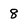
Character: 8